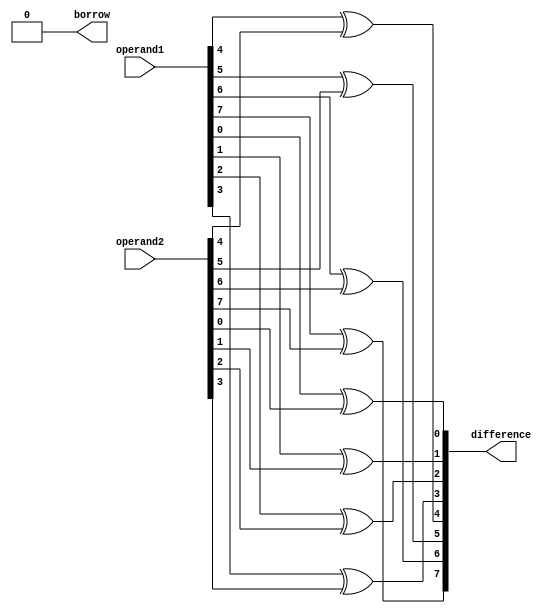
module gate_level_subtractor(
    input [7:0] operand1,
    input [7:0] operand2,
    output reg [7:0] difference,
    output reg borrow
);

reg [7:0] temp_difference;
reg [7:0] borrow_propagate;
wire [7:0] borrow_carry;

assign borrow_carry = 1'b0; // Initial borrow_carry value

// Calculation of difference using XOR gates
generate
   genvar i;
   for (i=0; i<8; i=i+1) begin
      assign temp_difference[i] = operand1[i] ^ operand2[i] ^ borrow_carry;
   end
endgenerate

// Calculation of borrow propagation using AND gates
generate
   genvar j;
   for (j=1; j<8; j=j+1) begin
      assign borrow_propagate[j] = (operand1[j] & operand2[j]) | (operand1[j] & borrow_carry) | (operand2[j] & borrow_carry);
   end
endgenerate

// Assigning final difference
always @* begin
   difference = temp_difference;
end

// Calculation of overall borrow output using OR gates
generate
   genvar k;
   for (k=1; k<8; k=k+1) begin
      assign borrow_carry[k] = (borrow_propagate[k-1] | (borrow_propagate[k] & operand1[k-1] & operand2[k-1]));
   end
endgenerate

// Assigning final borrow output
always @* begin
   borrow = borrow_carry[7];
end

endmodule